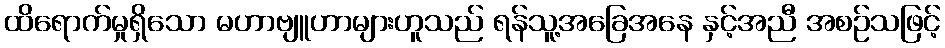
ထိရောက်မှုရှိသော မဟာဗျူဟာများဟူသည် ရန်သူ့အခြေအနေ နှင့်အညီ အစဉ်သဖြင့်